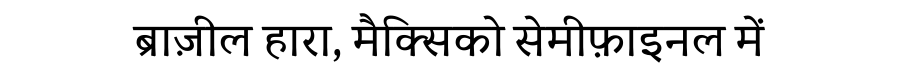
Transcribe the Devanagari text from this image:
ब्राज़ील हारा, मैक्सिको सेमीफ़ाइनल में